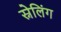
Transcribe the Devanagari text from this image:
स्नेलिंग